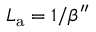
L _ { \mathrm { a } } = 1 / \beta ^ { \prime \prime }